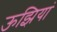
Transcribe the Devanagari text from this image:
ऊझियां